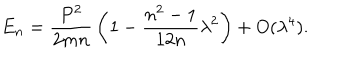
E _ { n } = { \frac { P ^ { 2 } } { 2 m n } } \left( 1 - { \frac { n ^ { 2 } - 1 } { 1 2 n } } \lambda ^ { 2 } \right) + O ( \lambda ^ { 4 } ) .